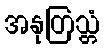
အနုတြသ္တံ